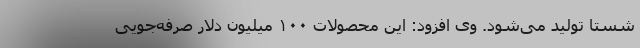
شستا تولید می‌شود. وی افزود: این محصولات ۱۰۰ میلیون دلار صرفه‌جویی